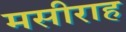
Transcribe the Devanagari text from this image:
मसीराह